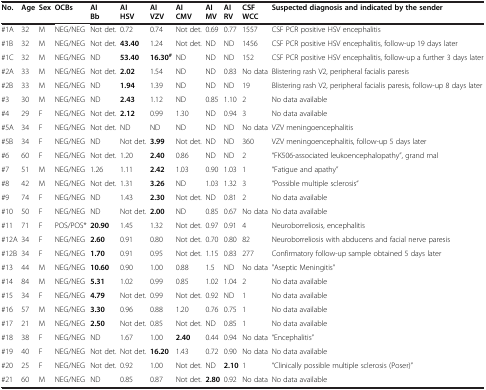
<table><thead><tr><td><b>No.</b></td><td><b>Age</b></td><td><b>Sex</b></td><td><b>OCBs</b></td><td><b>AI Bb</b></td><td><b>AI HSV</b></td><td><b>AI VZV</b></td><td><b>AI CMV</b></td><td><b>AI MV</b></td><td><b>AI RV</b></td><td><b>CSF WCC</b></td><td><b>Suspected diagnosis and indicated by the sender</b></td></tr></thead><tbody><tr><td>#1A</td><td>32</td><td>M</td><td>NEG/NEG</td><td>Not det.</td><td>0.72</td><td>0.74</td><td>Not det.</td><td>0.69</td><td>0.77</td><td>1557</td><td>CSF PCR positive HSV encephalitis</td></tr><tr><td>#1B</td><td>32</td><td>M</td><td>NEG/NEG</td><td>Not det.</td><td><b>43.40</b></td><td>1.24</td><td>Not det.</td><td>ND</td><td>ND</td><td>1456</td><td>CSF PCR positive HSV encephalitis, follow-up 19 days later</td></tr><tr><td>#1C</td><td>32</td><td>M</td><td>NEG/NEG</td><td>ND</td><td><b>53.40</b></td><td><b>16.30</b><sup><b>#</b></sup></td><td>ND</td><td>ND</td><td>ND</td><td>152</td><td>CSF PCR positive HSV encephalitis, follow-up a further 3 days later</td></tr><tr><td>#2A</td><td>33</td><td>M</td><td>NEG/NEG</td><td>Not det.</td><td><b>2.02</b></td><td>1.54</td><td>ND</td><td>ND</td><td>0.83</td><td>No data</td><td>Blistering rash V2, peripheral facialis paresis</td></tr><tr><td>#2B</td><td>33</td><td>M</td><td>NEG/NEG</td><td>ND</td><td><b>1.94</b></td><td>1.39</td><td>ND</td><td>ND</td><td>ND</td><td>19</td><td>Blistering rash V2, peripheral facialis paresis, follow-up 8 days later</td></tr><tr><td>#3</td><td>30</td><td>M</td><td>NEG/NEG</td><td>ND</td><td><b>2.43</b></td><td>1.12</td><td>ND</td><td>0.85</td><td>1.10</td><td>2</td><td>No data available</td></tr><tr><td>#4</td><td>29</td><td>F</td><td>NEG/NEG</td><td>Not det.</td><td><b>2.12</b></td><td>0.99</td><td>1.30</td><td>ND</td><td>0.94</td><td>3</td><td>No data available</td></tr><tr><td>#5A</td><td>34</td><td>F</td><td>NEG/NEG</td><td>Not det.</td><td>ND</td><td>ND</td><td>ND</td><td>ND</td><td>ND</td><td>No data</td><td>VZV meningoencephalitis</td></tr><tr><td>#5B</td><td>34</td><td>F</td><td>NEG/NEG</td><td>ND</td><td>Not det.</td><td><b>3.99</b></td><td>Not det.</td><td>ND</td><td>ND</td><td>360</td><td>VZV meningoencephalitis, follow-up 5 days later</td></tr><tr><td>#6</td><td>60</td><td>F</td><td>NEG/NEG</td><td>Not det.</td><td>1.20</td><td><b>2.40</b></td><td>0.86</td><td>ND</td><td>ND</td><td>2</td><td>“FK506-associated leukoencephalopathy”, grand mal</td></tr><tr><td>#7</td><td>51</td><td>M</td><td>NEG/NEG</td><td>1.26</td><td>1.11</td><td><b>2.42</b></td><td>1.03</td><td>0.90</td><td>1.03</td><td>1</td><td>“Fatigue and apathy”</td></tr><tr><td>#8</td><td>42</td><td>M</td><td>NEG/NEG</td><td>Not det.</td><td>1.31</td><td><b>3.26</b></td><td>ND</td><td>1.03</td><td>1.32</td><td>3</td><td>“Possible multiple sclerosis“</td></tr><tr><td>#9</td><td>74</td><td>F</td><td>NEG/NEG</td><td>ND</td><td>1.43</td><td><b>2.30</b></td><td>Not det.</td><td>ND</td><td>0.81</td><td>2</td><td>No data available</td></tr><tr><td>#10</td><td>50</td><td>F</td><td>NEG/NEG</td><td>ND</td><td>Not det.</td><td><b>2.00</b></td><td>ND</td><td>0.85</td><td>0.67</td><td>No data</td><td>No data available</td></tr><tr><td>#11</td><td>71</td><td>F</td><td>POS/POS*</td><td><b>20.90</b></td><td>1.45</td><td>1.32</td><td>Not det.</td><td>0.97</td><td>0.91</td><td>4</td><td>Neuroborreliosis, encephalitis</td></tr><tr><td>#12A</td><td>34</td><td>F</td><td>NEG/NEG</td><td><b>2.60</b></td><td>0.91</td><td>0.80</td><td>Not det.</td><td>0.70</td><td>0.80</td><td>82</td><td>Neuroborreliosis with abducens and facial nerve paresis</td></tr><tr><td>#12B</td><td>34</td><td>F</td><td>NEG/NEG</td><td><b>1.70</b></td><td>0.91</td><td>0.95</td><td>Not det.</td><td>1.15</td><td>0.83</td><td>277</td><td>Confirmatory follow-up sample obtained 5 days later</td></tr><tr><td>#13</td><td>44</td><td>M</td><td>NEG/NEG</td><td><b>10.60</b></td><td>0.90</td><td>1.00</td><td>0.88</td><td>1.5</td><td>ND</td><td>No data</td><td>&quot;Aseptic Meningitis”</td></tr><tr><td>#14</td><td>84</td><td>M</td><td>NEG/NEG</td><td><b>5.31</b></td><td>1.02</td><td>0.99</td><td>0.85</td><td>1.02</td><td>1.04</td><td>2</td><td>No data available</td></tr><tr><td>#15</td><td>34</td><td>F</td><td>NEG/NEG</td><td><b>4.79</b></td><td>Not det.</td><td>0.99</td><td>Not det.</td><td>0.92</td><td>ND</td><td>1</td><td>No data available</td></tr><tr><td>#16</td><td>57</td><td>M</td><td>NEG/NEG</td><td><b>3.30</b></td><td>0.96</td><td>0.88</td><td>1.20</td><td>0.76</td><td>0.75</td><td>1</td><td>No data available</td></tr><tr><td>#17</td><td>21</td><td>M</td><td>NEG/NEG</td><td><b>2.50</b></td><td>Not det.</td><td>0.85</td><td>Not det.</td><td>ND</td><td>0.85</td><td>1</td><td>No data available</td></tr><tr><td>#18</td><td>38</td><td>F</td><td>NEG/NEG</td><td>ND</td><td>1.67</td><td>1.00</td><td><b>2.40</b></td><td>0.44</td><td>0.94</td><td>No data</td><td>“Encephalitis”</td></tr><tr><td>#19</td><td>40</td><td>F</td><td>NEG/NEG</td><td>Not det.</td><td>Not det.</td><td><b>16.20</b></td><td>1.43</td><td>0.72</td><td>0.90</td><td>No data</td><td>No data available</td></tr><tr><td>#20</td><td>25</td><td>F</td><td>NEG/NEG</td><td>Not det.</td><td>0.92</td><td>1.00</td><td>Not det.</td><td>ND</td><td><b>2.10</b></td><td>1</td><td>“Clinically possible multiple sclerosis (Poser)”</td></tr><tr><td>#21</td><td>60</td><td>M</td><td>NEG/NEG</td><td>ND</td><td>0.85</td><td>0.87</td><td>Not det.</td><td><b>2.80</b></td><td>0.92</td><td>No data</td><td>No data available</td></tr></tbody></table>